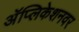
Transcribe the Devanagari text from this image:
अॅप्लिकेशनवर